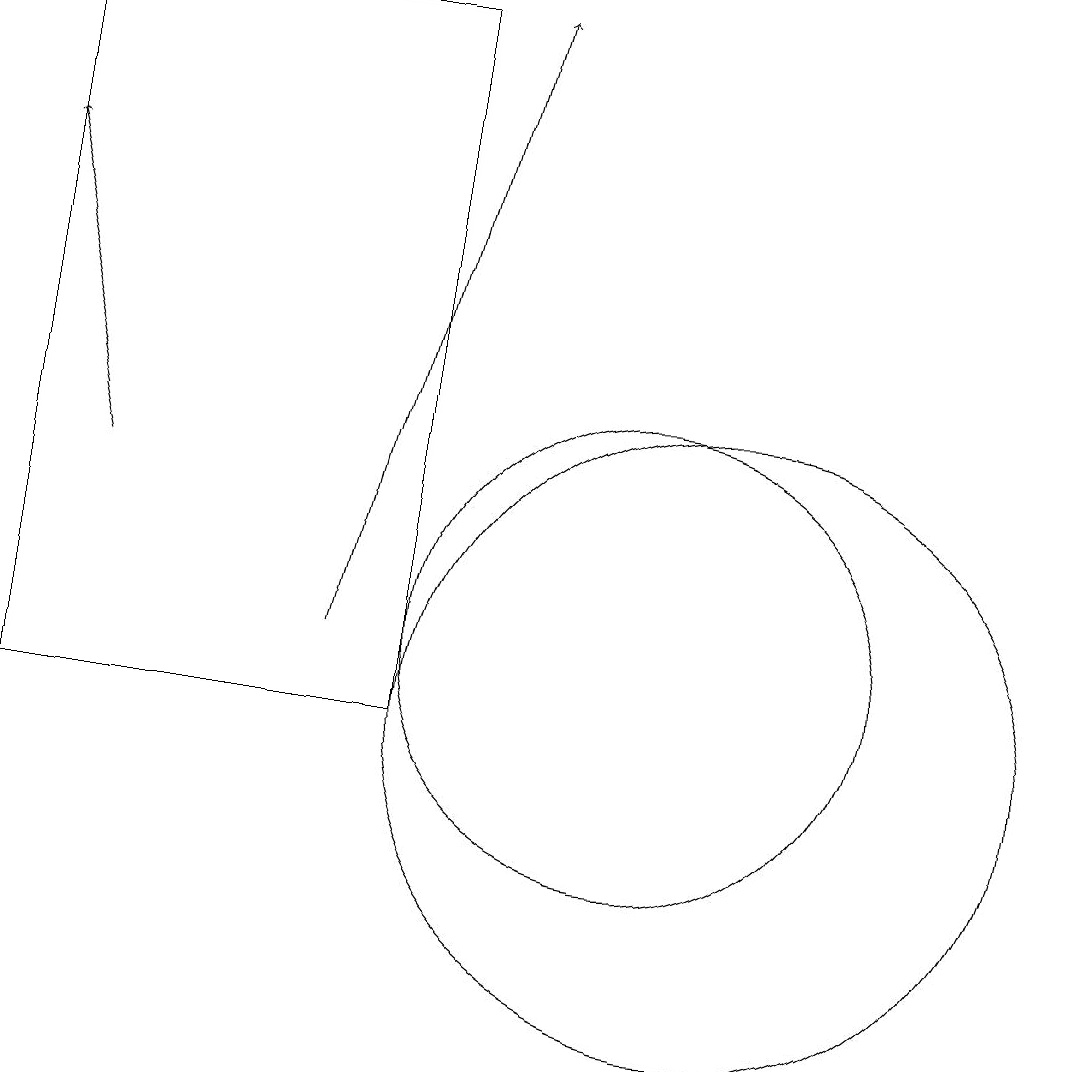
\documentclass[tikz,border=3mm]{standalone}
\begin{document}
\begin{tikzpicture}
\draw (11,10) circle (4);
\draw[->] (6,11) -- (8,19);
\draw[->] (3,13) -- (2,17);
\draw (10,11) circle (3);
\draw (2,10) rectangle (7,19);
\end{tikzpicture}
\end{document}